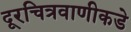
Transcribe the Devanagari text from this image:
दूरचित्रवाणीकडे